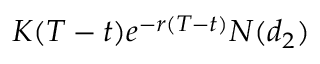
K ( T - t ) e ^ { - r ( T - t ) } N ( d _ { 2 } )